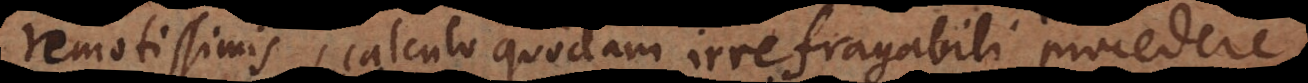
remotissimis, calculo quodam irrefragabili proceder